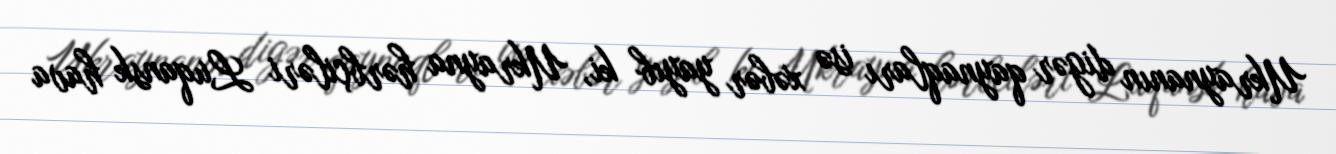
Ukraynanın digər qaynaqları isə xəbər yayıb ki, Ukrayna hərbçiləri Luqansk hava